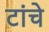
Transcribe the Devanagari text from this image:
टांचे